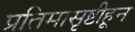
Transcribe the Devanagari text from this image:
प्रतिमासृष्टीहून